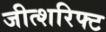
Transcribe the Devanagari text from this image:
जीत्शरिफ्ट